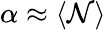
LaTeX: \alpha\approx\langle\mathcal{N}\rangle